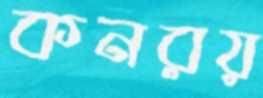
কনরয়